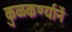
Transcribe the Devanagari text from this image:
कुळकर्ण्यानें